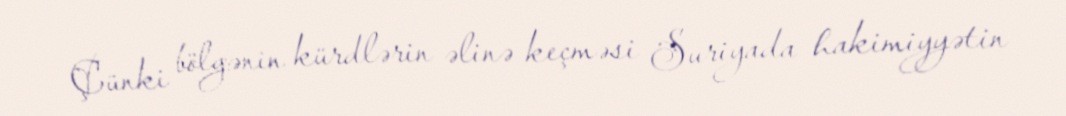
Çünki bölgənin kürdlərin əlinə keçməsi Suriyada hakimiyyətin